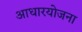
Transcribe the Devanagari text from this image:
आधारयोजना